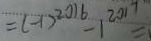
= ( - 1 ) ^ { 2 0 1 6 } - 1 ^ { 2 0 1 7 } =